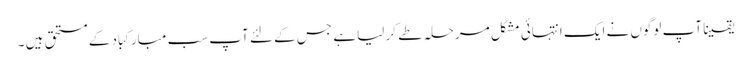
یقینا آپ لوگوں نے ایک انتہائی مشکل مرحلہ طے کر لیا ہے جس کے لئے آپ سب مبارکباد کے مستحق ہیں ۔